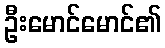
ဦးမောင်မောင်၏